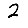
Digit: 2